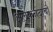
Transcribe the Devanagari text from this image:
अलकनंदाची